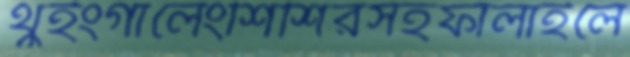
থুইংগালেংশিশিরসহফালাইলে